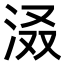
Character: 𪵽